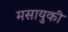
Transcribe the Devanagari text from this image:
मसायुकी